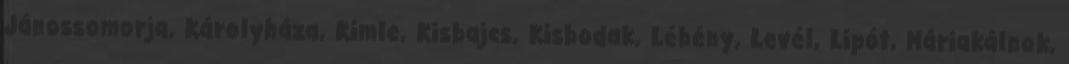
Jánossomorja, Károlyháza, Kimle, Kisbajcs, Kisbodak, Lébény, Levél, Lipót, Máriakálnok,